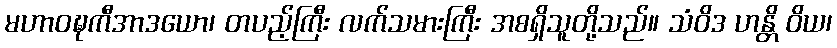
မဟာဝဍ္ဎကီအာဒယော၊ တပည့်ကြီး လက်သမားကြီး အစရှိသူတို့သည်။ သံဝိဒ ဟန္တိ ဝိယ၊